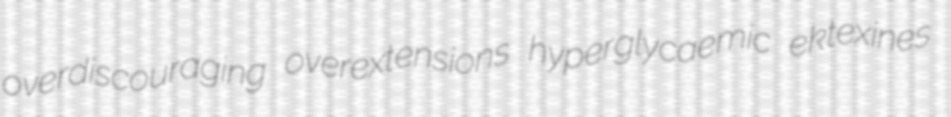
overdiscouraging overextensions hyperglycaemic ektexines